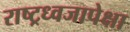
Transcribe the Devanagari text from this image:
राष्ट्रध्वजापेक्षा